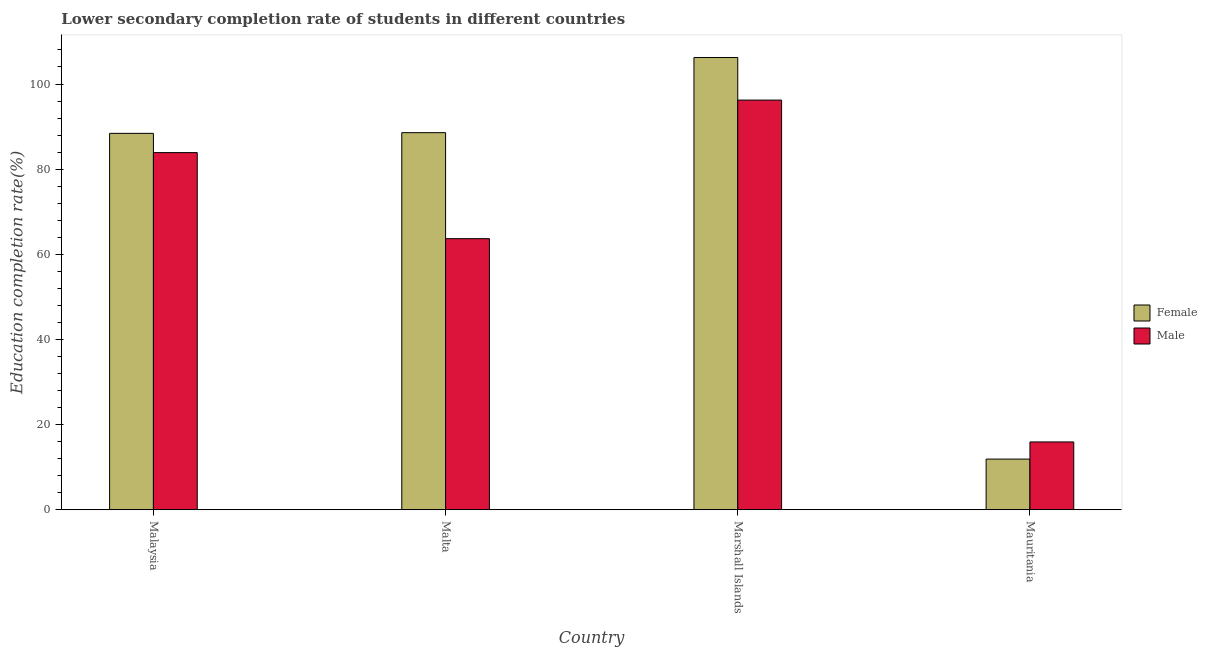
| Country | Female | Male |
 | --- | --- | --- |
 | Malaysia | 88.4 | 83.9 |
 | Malta | 88.6 | 63.7 |
 | Marshall Islands | 106 | 96.2 |
 | Mauritania | 11.9 | 15.9 |